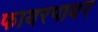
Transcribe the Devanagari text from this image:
फायरपावर